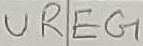
Text: UREG